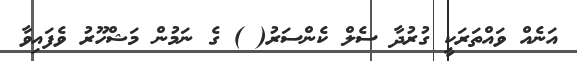
އަނެއް ވައްތަރަކީ ގުރުދާ ސެލް ކެންސަރު( ) ގެ ނަމުން މަޝްހޫރު ވެފައިވާ